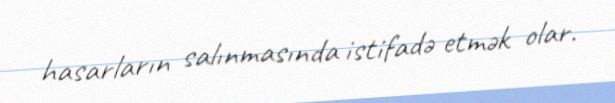
hasarların salınmasında istifadə etmək olar.